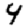
Digit: 4